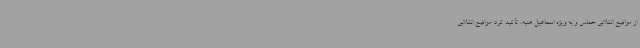
از مواضع انقلابی حماس و به ویژه اسماعیل هنیه، تأکید کرد: مواضع انقلابی